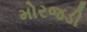
મોરજડી